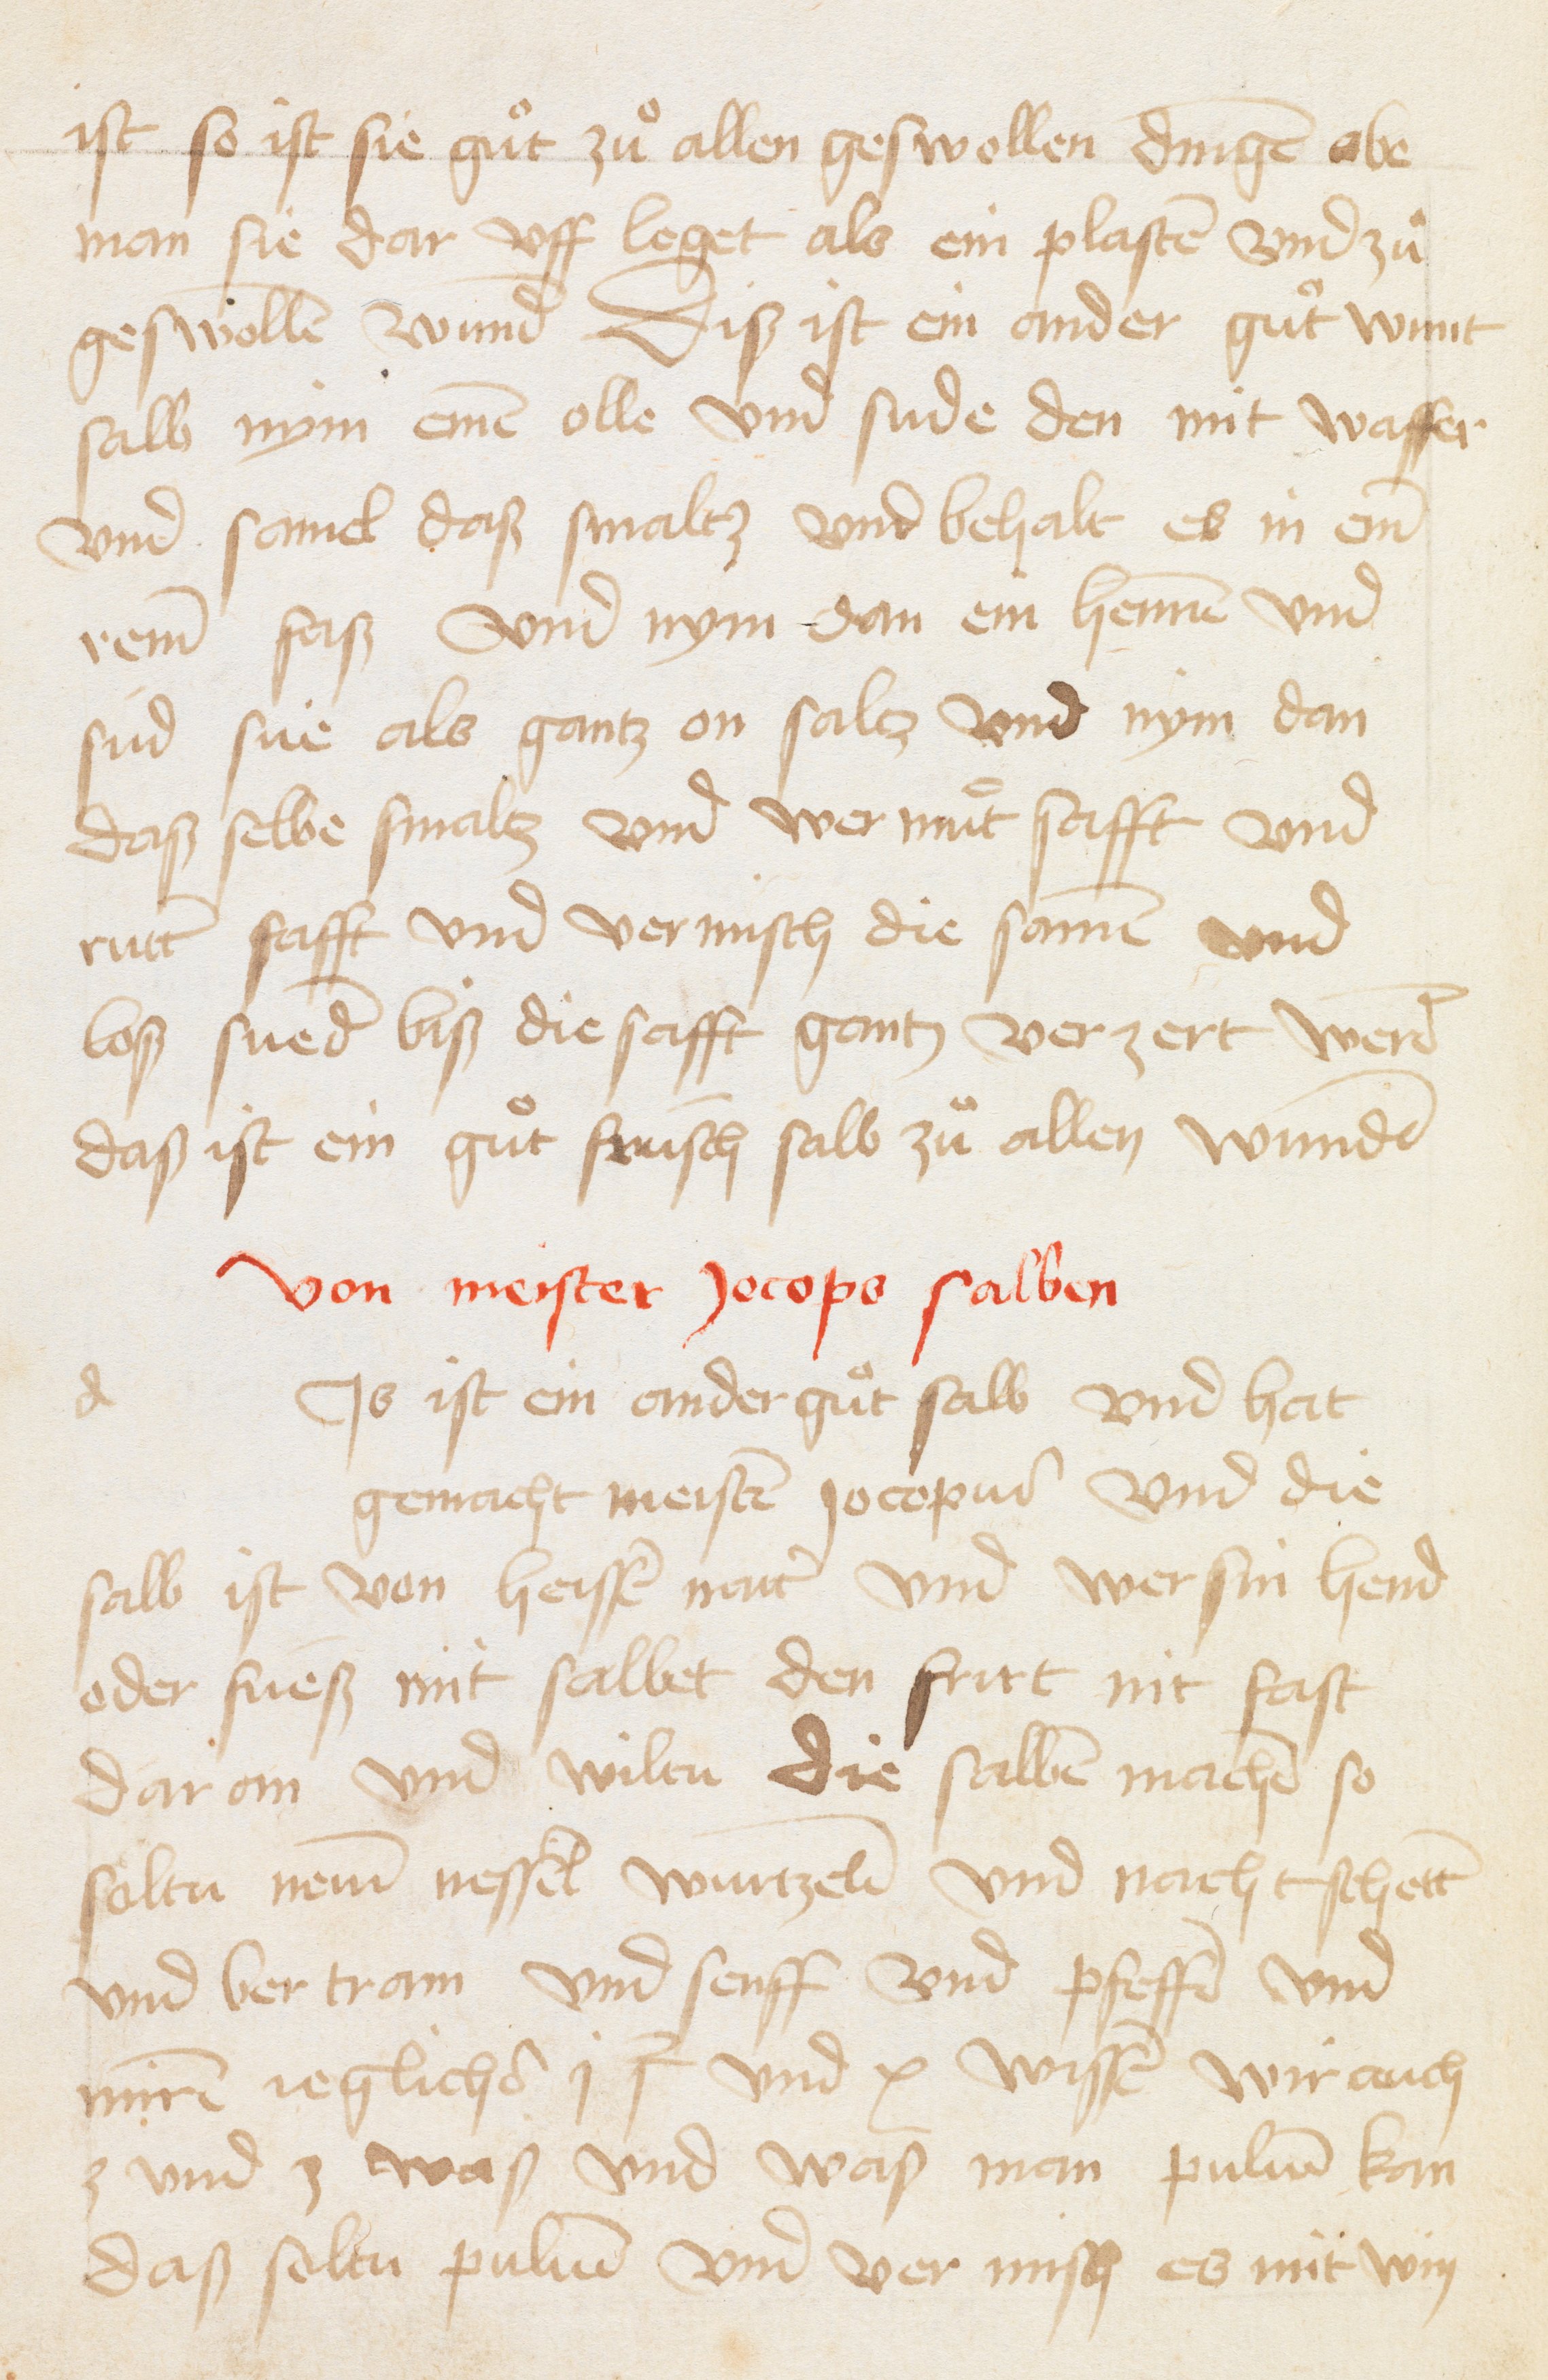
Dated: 1400–1599